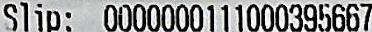
SLIP: 0000000111000395667